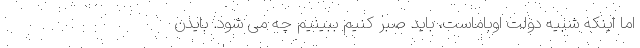
اما اینکه شبیه دولت اوباماست، باید صبر کنیم ببینیم چه می شود. بایدن